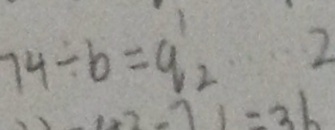
7 4 \div b = q _ { 2 } \cdots 2